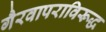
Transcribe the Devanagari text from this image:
गैरवापराविरूद्ध